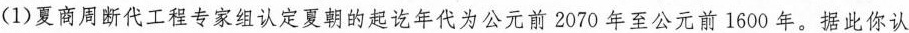
(1)夏商周断代工程专家组认定夏朝的起讫年代为公元前2070年至公元前1600年。据此你认